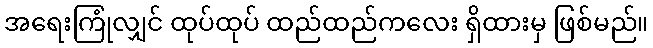
အရေးကြုံလျှင် ထုပ်ထုပ် ထည်ထည်ကလေး ရှိထားမှ ဖြစ်မည်။